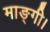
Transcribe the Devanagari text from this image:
माङ्गी।